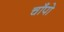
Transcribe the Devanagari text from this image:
चाँपो